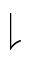
\downharpoonright